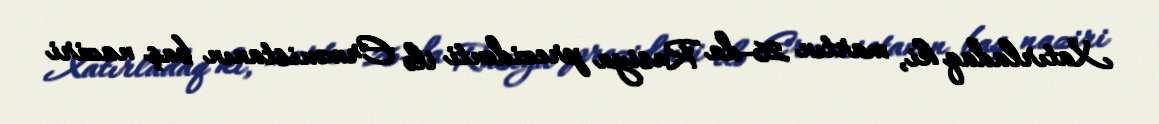
Xatırladaq ki, martın 26-da Rusiya prezidenti ilə Ermənistanın baş naziri